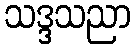
သဒ္ဒသညာ